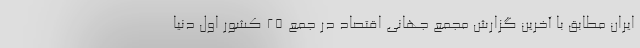
ایران مطابق با آخرین گزارش مجمع جهانی اقتصاد در جمع ۲۵ کشور اول دنیا